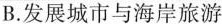
B.发展城市与海岸旅游